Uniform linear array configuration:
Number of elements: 16
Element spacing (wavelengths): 0.25
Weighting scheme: uniform
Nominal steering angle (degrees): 0
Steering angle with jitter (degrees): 1.35
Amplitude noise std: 0.05
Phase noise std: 0.05

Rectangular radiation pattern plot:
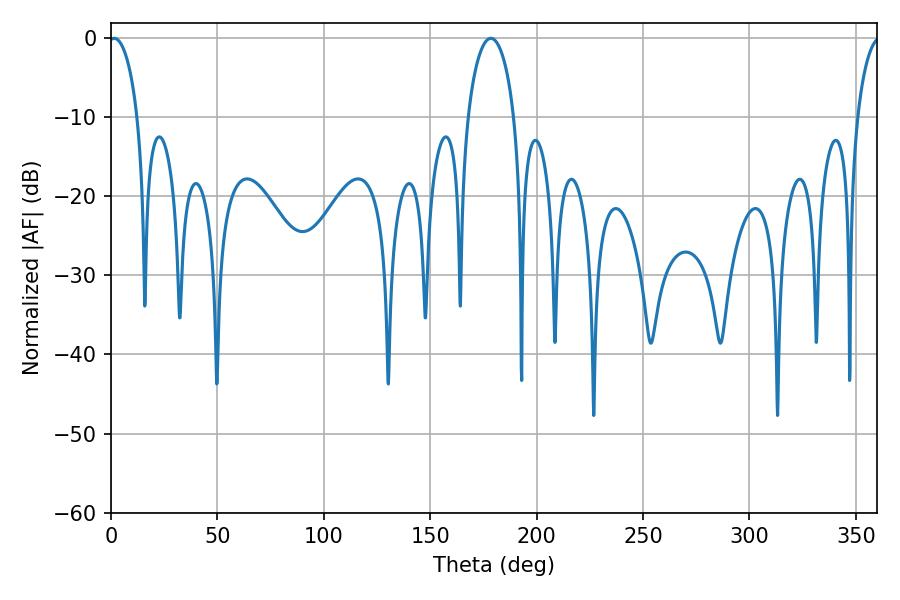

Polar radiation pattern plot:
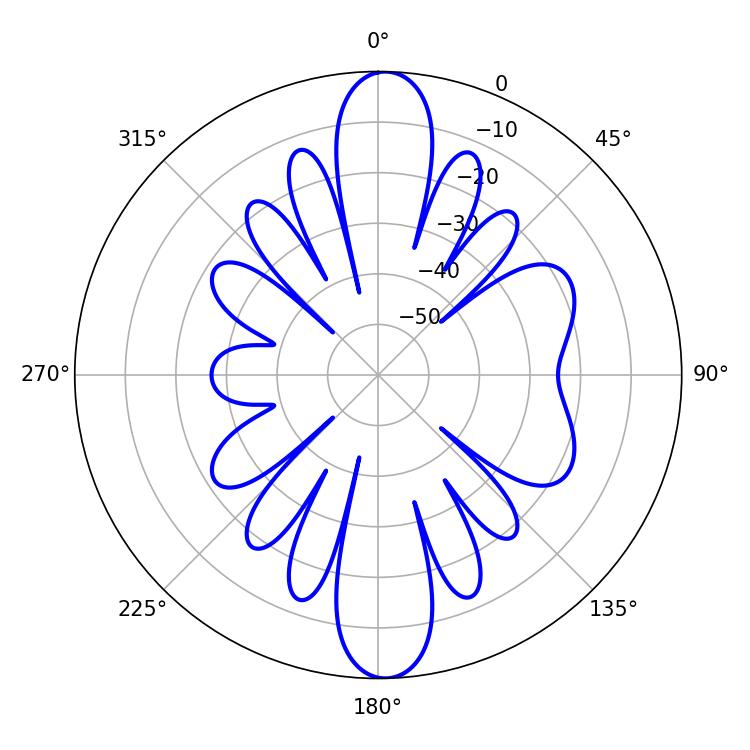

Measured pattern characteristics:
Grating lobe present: FALSE
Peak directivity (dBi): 19.696
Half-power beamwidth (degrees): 7.74
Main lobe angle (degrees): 1.44